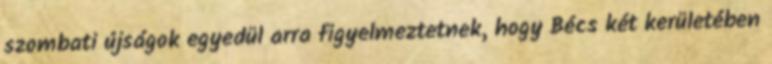
szombati újságok egyedül arra figyelmeztetnek, hogy Bécs két kerületében